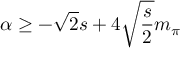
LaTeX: \alpha \ge - \sqrt 2 s + 4 \sqrt { \frac s 2 } m _ { \pi }